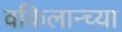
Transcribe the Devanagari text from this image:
वकिलान्च्या